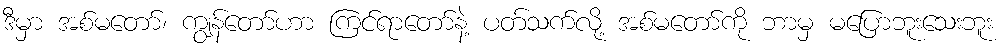
ဒီမှာ အစ်မတော်၊ ကျွန်တော်ဟာ ကြင်ရာတော်နဲ့ ပတ်သက်လို့ အစ်မတော်ကို ဘာမှ မပြောဘူးသေးဘူး